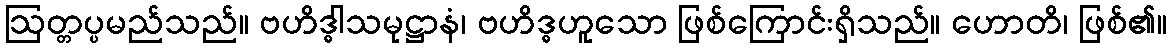
ဩတ္တပ္ပမည်သည်။ ဗဟိဒ္ဓါသမုဋ္ဌာနံ၊ ဗဟိဒ္ဓဟူသော ဖြစ်ကြောင်းရှိသည်။ ဟောတိ၊ ဖြစ်၏။